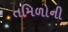
તમિળોની